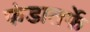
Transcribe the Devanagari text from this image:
फंडातर्फे